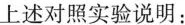
上述对照实验说明：